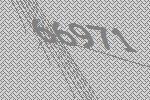
66971